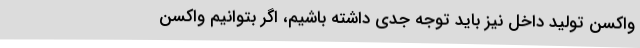
واکسن تولید داخل نیز باید توجه جدی داشته باشیم، اگر بتوانیم واکسن